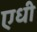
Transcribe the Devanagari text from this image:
एधी